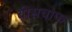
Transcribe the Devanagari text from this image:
बीसचोफ